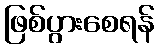
ဖြစ်ပွားစေရန်